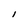
Character: I